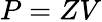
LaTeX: P=ZV